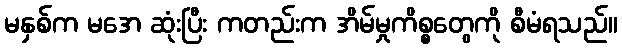
မနှစ်က မအေ ဆုံးပြီး ကတည်းက အိမ်မှုကိစ္စတွေကို စီမံရသည်။